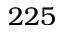
2 2 5